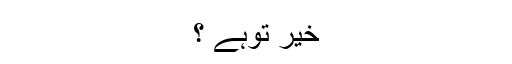
خیر توہے ؟